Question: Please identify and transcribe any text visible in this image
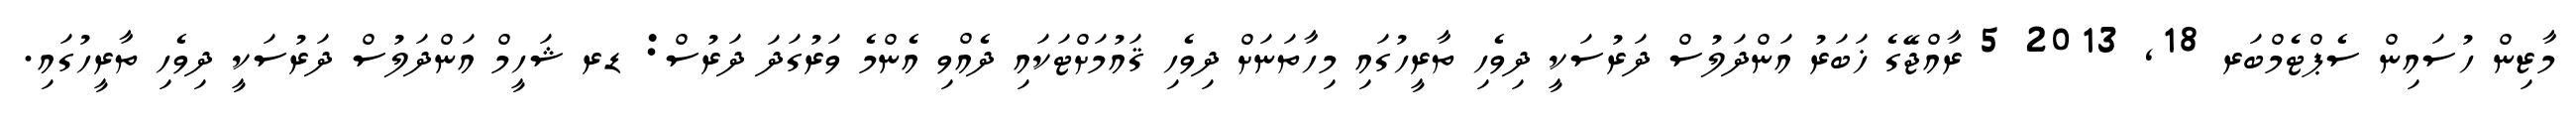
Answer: މާޒިން ހުސައިން ސެޕްޓެމްބަރ 18, 2013 5 ރާއްޖޭގެ ޚަބަރު އަންދަލުސް ދަރުސަކީ ދިވެހި ތާރީހުގައި މިހާތަނަށް ދިވެހި ޤައުމަށްޓަކައި ދެއްވި އެންމެ ވަރުގަދަ ދަރުސް: ޑރ ޝަހީމް އަންދަލުސް ދަރުސަކީ ދިވެހި ތާރީހުގައި.